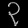
Digit: ၃